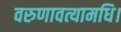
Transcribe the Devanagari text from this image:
वरुणावत्यामधि।